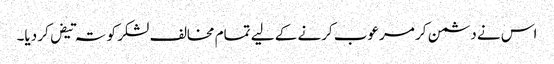
اس نے دشمن کر مرعوب کرنے کے لیے تمام مخالف لشکر کو تہ تیض کر دیا۔